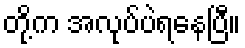
တို့က အလုပ်ပဲရနေပြီ။